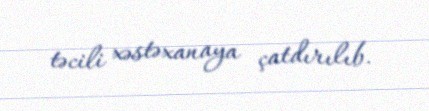
təcili xəstəxanaya çatdırılıb.